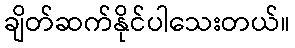
ချိတ်ဆက်နိုင်ပါသေးတယ်။